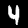
Label: 4